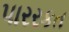
પારરકત